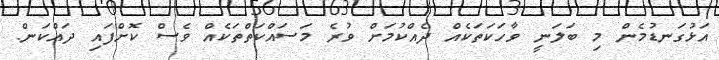
އަޅުގަނޑުމެން މި ބަލަނީ ވާހަކަތަކެއް ދެއްކުމަށް ވުރެ މަސައްކަތްތަކެއް ވެސް ކޮށްފައި ދައްކަން.